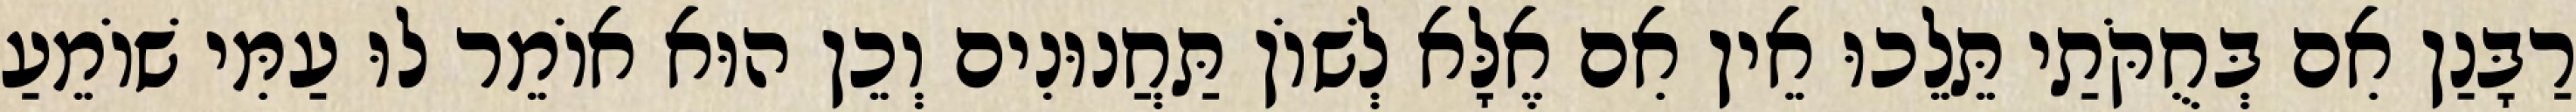
רַבָּנַן אִם בְּחֻקֹּתַי תֵּלֵכוּ אֵין אִם אֶלָּא לְשׁוֹן תַּחֲנוּנִים וְכֵן הוּא אוֹמֵר לוּ עַמִּי שׁוֹמֵעַ